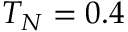
T _ { N } = 0 . 4